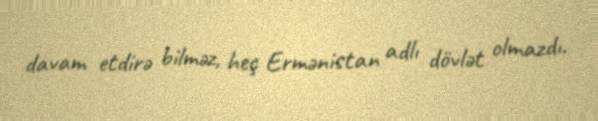
davam etdirə bilməz, heç Ermənistan adlı dövlət olmazdı.